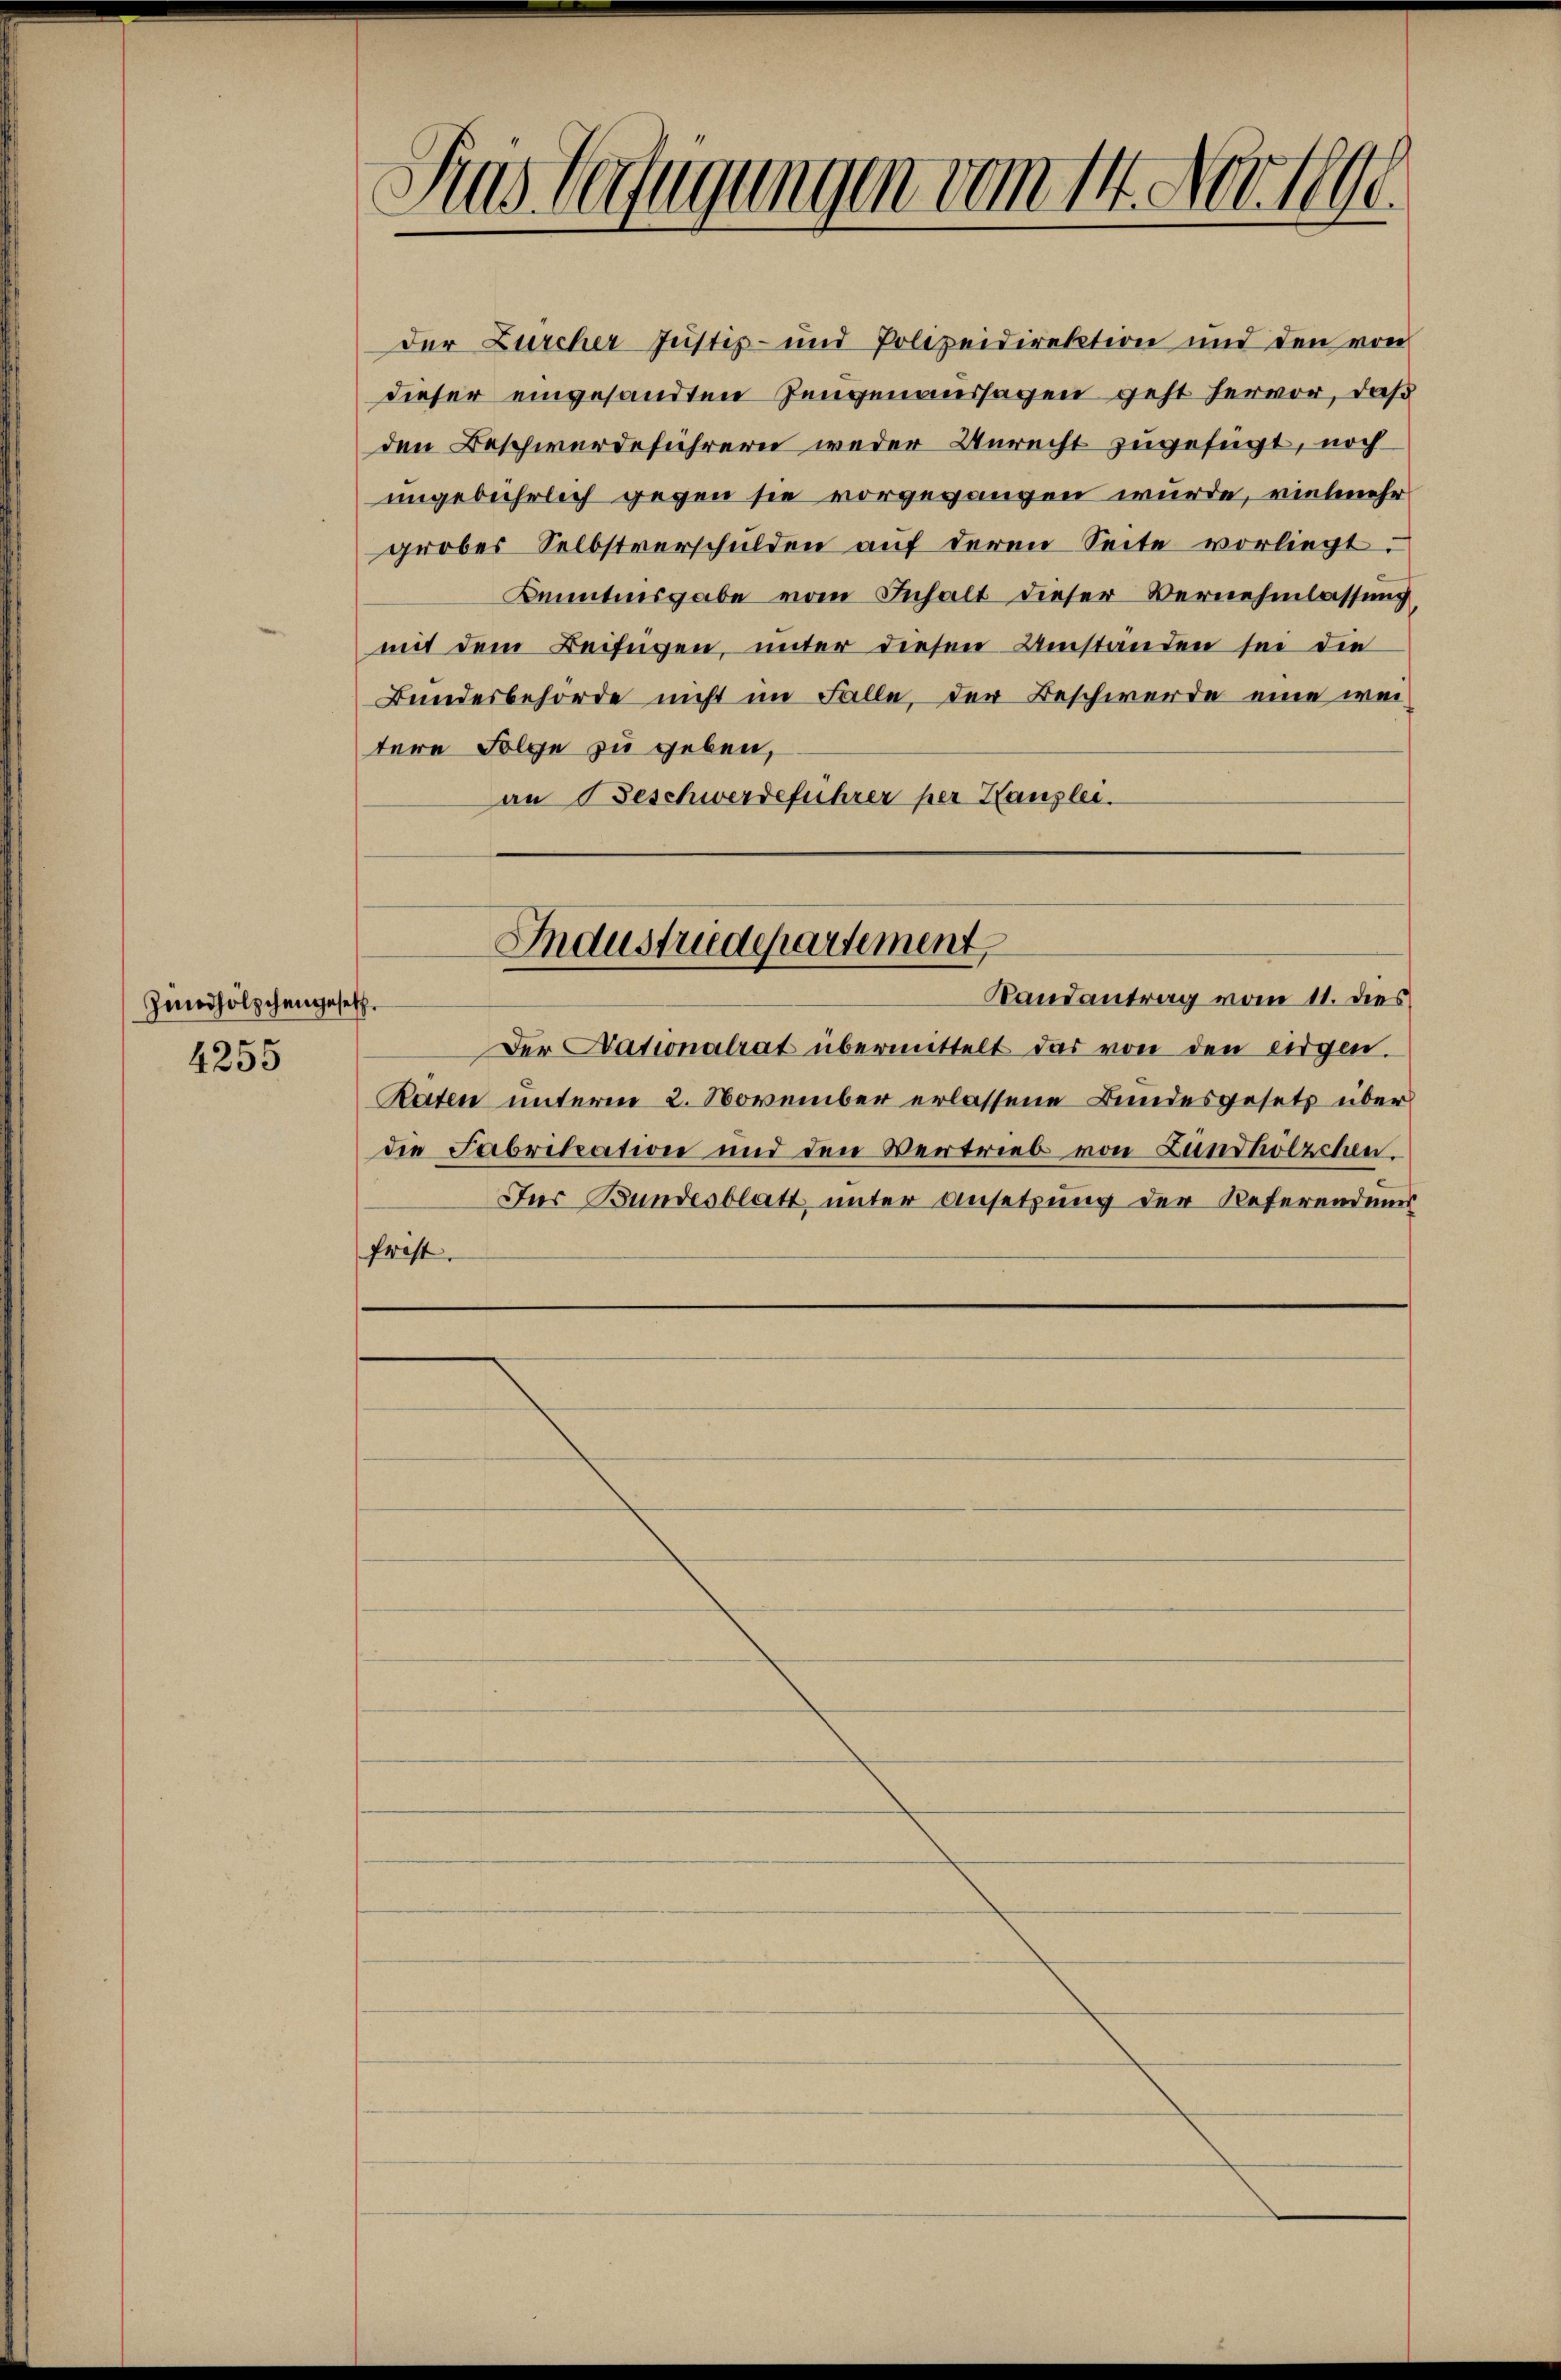
Zinhölzchengese

4255

Sius Verfügungen vom 14. Nov. 1890.

Der Zürcher Justiz- und Polizeidirektion und den von
dieser eingesandten Zeugenaussagen geht hervor, daß
den Beschwerdeführern weder Unrecht zugefügt, noch
ungebührlich gegen sie vorgegangen wurde, vielmehr
grobes Selbstverschulden auf deren Seite vorliegt.
Kenntnisgabe vom Inhalt dieser Vernehmlassung,
mit dem Beifügen, unter diesen Umstanden sei die
Bundesbehörde nicht im Falle, der Beschwerde eine weitere Folge zu geben,
an Beschwerdeführer per Hausler.
Industriedepartement,
Randantrag vom 11. dies
thr
Der Nationalrat übermittelt das von den eidgen.
Raten unterm 2. November erlassene Bundesgesetz überdie Fabrikation und den Vertrieb von Lundhölzchen.
Ins Bundesblatt, unter Ansetzung der Referenden
frist.